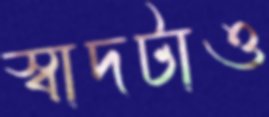
স্বাদটাও